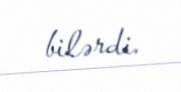
bilərdi.